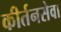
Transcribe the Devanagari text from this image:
कीर्तनसेवा